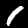
Label: 1